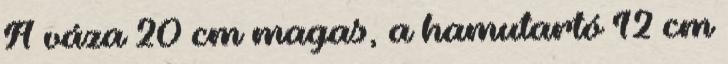
A váza 20 cm magas, a hamutartó 12 cm